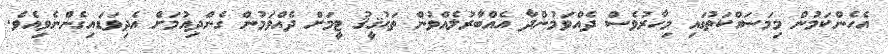
އެހެންކަމުން މިމަސައްކަތުގައި މިހާރުވެސް ދެއްވަމުންދާ އެއްބާރުލެއްވުން ތަޙުޤީޤު ޓީމަށް ދެއްވަމުން ގެންދިއުމަށް އެދިވަޑައިގެންނެވިއެވެ.